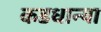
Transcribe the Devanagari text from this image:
कडधान्या